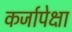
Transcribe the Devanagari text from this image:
कर्जापेक्षा